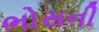
ભોસની